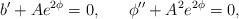
LaTeX: \begin{align*}b^{\prime}+Ae^{2\phi}=0, \;\;\;\;\;\; \phi^{\prime\prime}+A^2e^{2\phi}=0, \\\end{align*}